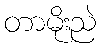
တာမိုးညဲ